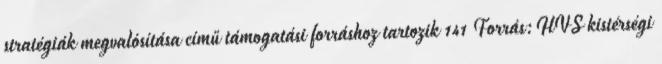
stratégiák megvalósítása című támogatási forráshoz tartozik 141 Forrás:HVS kistérségi